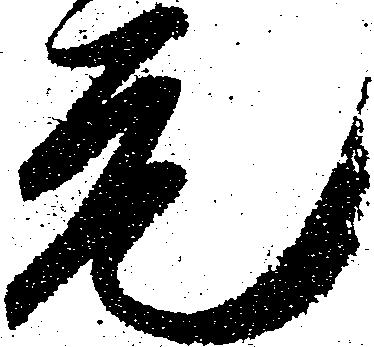
元